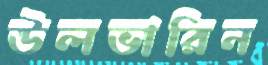
উলভারিন